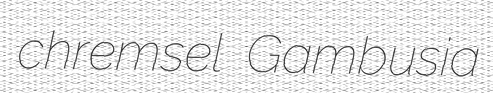
chremsel Gambusia